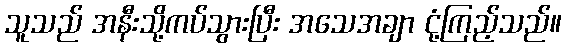
သူသည် အနီးသို့ကပ်သွားပြီး အသေအချာ ငုံ့ကြည့်သည်။